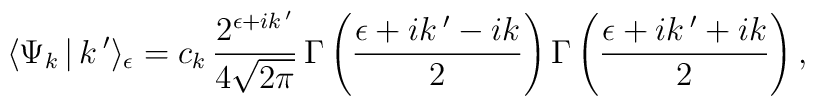
\langle \Psi_k\,|\,k\,'\rangle_\epsilon= c_k\,\frac{2^{\epsilon +ik\,'}}{4\sqrt{2\pi}}\,\Gamma\left(\frac{\epsilon +ik\,'-ik}{2}\right)\Gamma\left(\frac{\epsilon +ik\,'+ik}{2}\right),